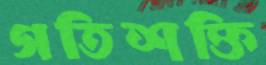
গতিশক্তি